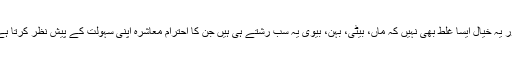
اور یہ خیال ایسا غلط بھی نہیں کہ ماں، بیٹی، بہن، بیوی یہ سب رشتے ہی ہیں جن کا احترام معاشرہ اپنی سہولت کے پیش نظر کرتا ہے۔